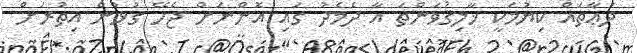
ދުޢާތައް ކިޔުމަކީ ޚާލިޤުވަންތަ އާ ދެމެދު ގައި އޮންނަށް ޖެހޭ ގުޅުން އިތުރަށް